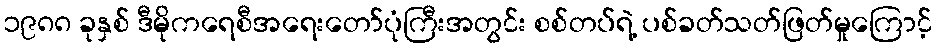
၁၉၈၈ ခုနှစ် ဒီမိုကရေစီအရေးတော်ပုံကြီးအတွင်း စစ်တပ်ရဲ့ ပစ်ခတ်သတ်ဖြတ်မှုကြောင့်